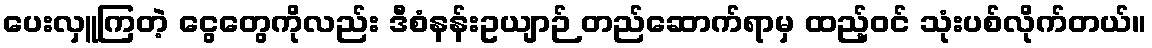
ပေးလှူကြတဲ့ ငွေတွေကိုလည်း ဒီစံနန်းဥယျာဉ် တည်ဆောက်ရာမှ ထည့်ဝင် သုံးပစ်လိုက်တယ်။